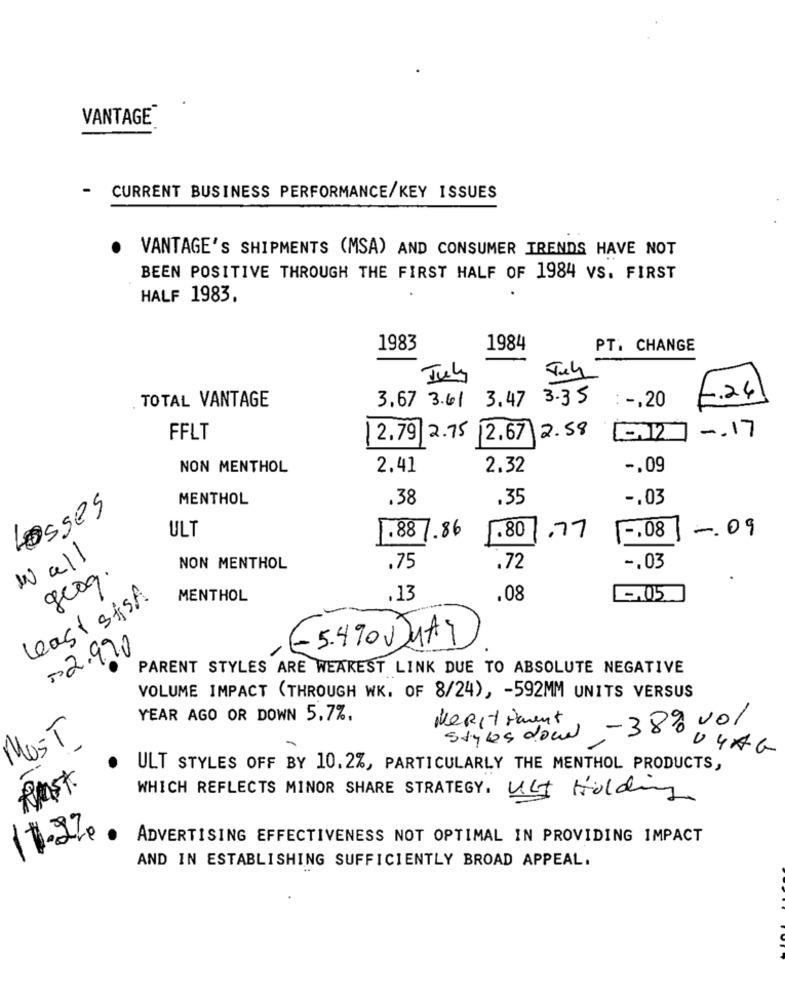
VANTAGE®
CURRENT BUSINESS PERFORMANCE/KEY ISSUES
VANTAGE'S SHIPMENTS (MSA) AND CONSUMER TRENDS HAVE NOT
BEEN POSITIVE THROUGH THE FIRST HALF OF 1984 VS. FIRST
HALF 1983.
1983
1984
PT. CHANGE
July
July
3.47
3.35
: -. 20
1.24
TOTAL VANTAGE
3.67 3.61
2.58
-. 17
FFLT
2.79/2.75
2.67
NON MENTHOL
2.41
2.32
-. 09
MENTHOL
.38
.35
-. 03
Losses
1.88 7.86
.77
-. 09
ULT
1.80
1 -. 08
Wall
NON MENTHOL
.75
.72
-. 03
geoq.
least stsA.
MENTHOL
.13
.08
-. 05
2.990
/
-5.490UJUAS
PARENT STYLES ARE WEAKEST LINK DUE TO ABSOLUTE NEGATIVE
VOLUME IMPACT (THROUGH WK. OF 8/24), - 592MM UNITS VERSUS
YEAR AGO OR DOWN 5.7%.
Meritiment
Styles dow -38% vol
MOST
04 AG
ULT STYLES OFF BY 10.2%, PARTICULARLY THE MENTHOL PRODUCTS,
Rast.
WHICH REFLECTS MINOR SHARE STRATEGY. ULT Holding
11.27
ADVERTISING EFFECTIVENESS NOT OPTIMAL IN PROVIDING IMPACT
AND IN ESTABLISHING SUFFICIENTLY BROAD APPEAL.